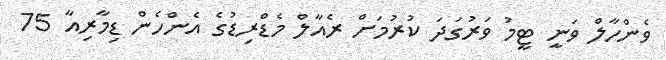
ވެންހާލް ވަނީ ޓީމު ވަރުގަދަ ކުރުމަށް ރެއާލް މެޑްރިޑުގެ އެންހެން ޑިމާރިއާ 75